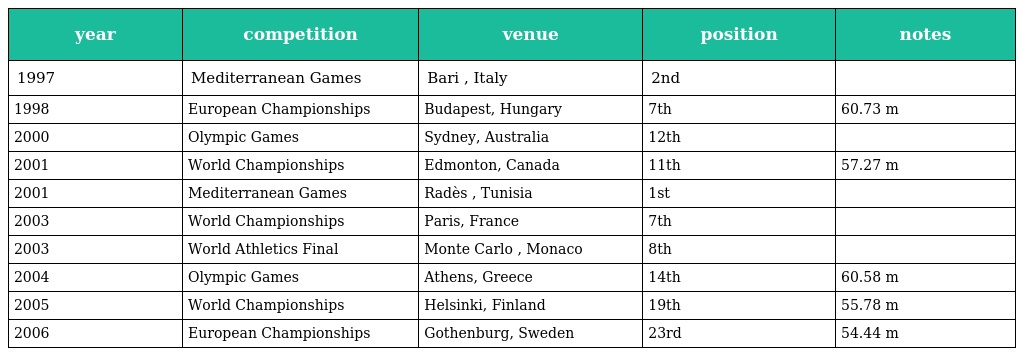
| year | competition | venue | position | notes |
 | --- | --- | --- | --- | --- |
 | 1997 | Mediterranean Games | Bari , Italy | 2nd |  |
 | 1998 | European Championships | Budapest, Hungary | 7th | 60.73 m |
 | 2000 | Olympic Games | Sydney, Australia | 12th |  |
 | 2001 | World Championships | Edmonton, Canada | 11th | 57.27 m |
 | 2001 | Mediterranean Games | Radès , Tunisia | 1st |  |
 | 2003 | World Championships | Paris, France | 7th |  |
 | 2003 | World Athletics Final | Monte Carlo , Monaco | 8th |  |
 | 2004 | Olympic Games | Athens, Greece | 14th | 60.58 m |
 | 2005 | World Championships | Helsinki, Finland | 19th | 55.78 m |
 | 2006 | European Championships | Gothenburg, Sweden | 23rd | 54.44 m |